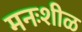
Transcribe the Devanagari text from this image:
मनःशीळ